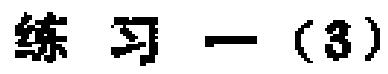
练习一（3）